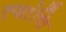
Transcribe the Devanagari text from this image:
त्यांचि